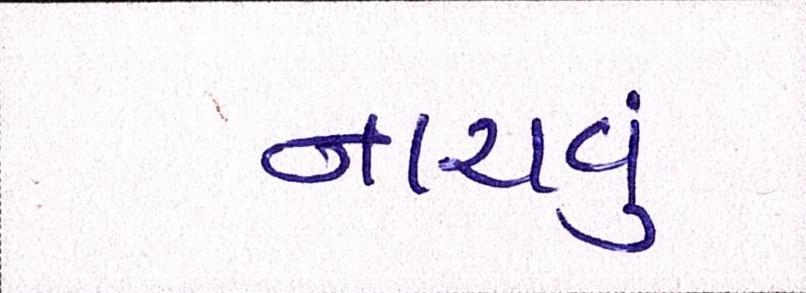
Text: નાચવું